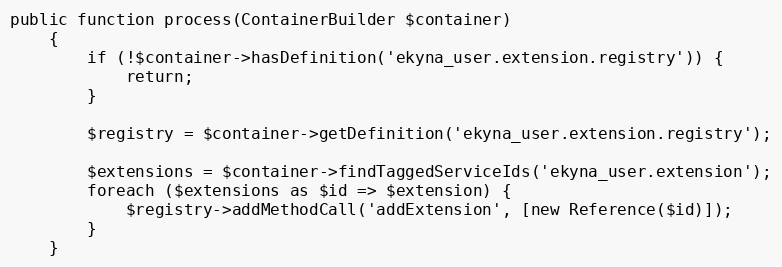
Language: PHP
public function process(ContainerBuilder $container)
    {
        if (!$container->hasDefinition('ekyna_user.extension.registry')) {
            return;
        }

        $registry = $container->getDefinition('ekyna_user.extension.registry');

        $extensions = $container->findTaggedServiceIds('ekyna_user.extension');
        foreach ($extensions as $id => $extension) {
            $registry->addMethodCall('addExtension', [new Reference($id)]);
        }
    }